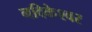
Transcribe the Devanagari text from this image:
नदिकेश्वर